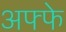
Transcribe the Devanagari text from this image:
अफ्फे